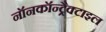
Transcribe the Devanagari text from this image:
नॉनकॉन्ट्रैक्टाइल